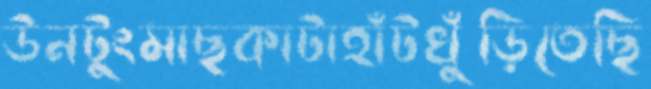
উনটুংমাছকাটাহাঁটখুঁড়িতেছি